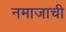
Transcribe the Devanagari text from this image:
नमाजाची